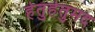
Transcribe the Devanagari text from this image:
हेतुहेतुमद